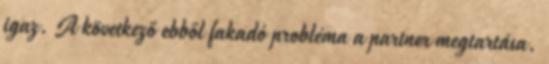
igaz. A következő ebből fakadó probléma a partner megtartása.